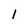
Character: 1